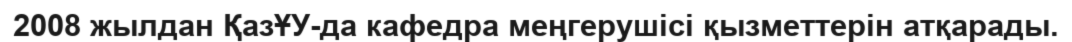
2008 жылдан ҚазҰУ-да кафедра меңгерушісі қызметтерін атқарады.